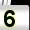
Digit: 5